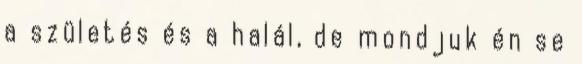
a születés és a halál, de mondjuk én se